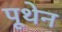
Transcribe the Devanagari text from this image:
पूथेन